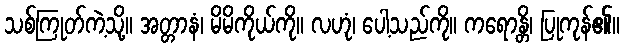
သစ်ကြုတ်ကဲ့သို့။ အတ္တာနံ၊ မိမိကိုယ်ကို။ လဟုံ၊ ပေါ့သည်ကို။ ကရောန္တိ၊ ပြုကုန်၏။